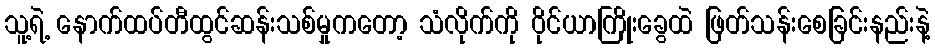
သူ့ရဲ့ နောက်ထပ်တီထွင်ဆန်းသစ်မှုကတော့ သံလိုက်ကို ဝိုင်ယာကြိုးခွေထဲ ဖြတ်သန်းစေခြင်းနည်းနဲ့